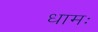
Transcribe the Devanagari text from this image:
धामः